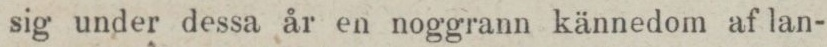
sig under dessa år en noggrann kännedom af lan-